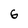
Character: 6